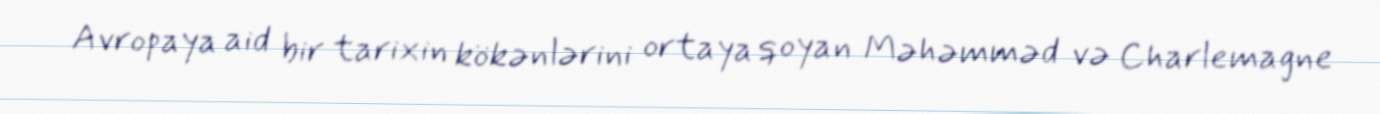
Avropaya aid bir tarixin kökənlərini ortaya qoyan Məhəmməd və Charlemagne